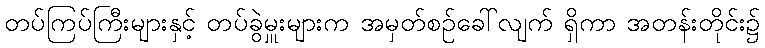
တပ်ကြပ်ကြီးများနှင့် တပ်ခွဲမှူးများက အမှတ်စဉ်ခေါ်လျက် ရှိကာ အတန်းတိုင်း၌